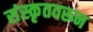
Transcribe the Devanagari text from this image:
संस्कृतवरून